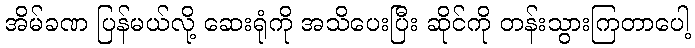
အိမ်ခဏ ပြန်မယ်လို့ ဆေးရုံကို အသိပေးပြီး ဆိုင်ကို တန်းသွားကြတာပေါ့